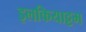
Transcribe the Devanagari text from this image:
इलकियाट्टम